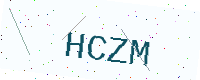
Text: HCZM